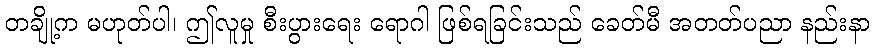
တချို့က မဟုတ်ပါ၊ ဤလူမှု စီးပွားရေး ရောဂါ ဖြစ်ရခြင်းသည် ခေတ်မီ အတတ်ပညာ နည်းနာ